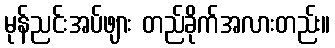
မုန်ညင်းအပ်ဖျား တည်ခိုက်အလားတည်း။